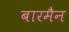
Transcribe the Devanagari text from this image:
बारमैन